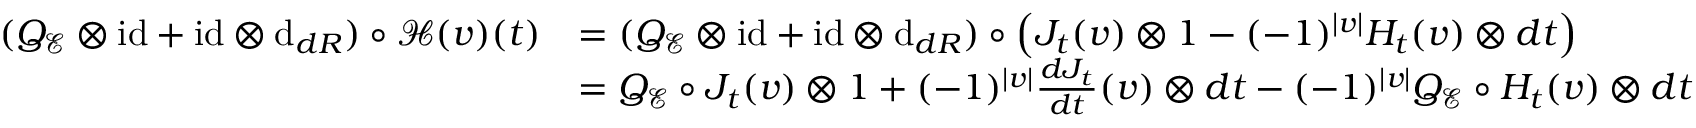
\begin{array} { r l } { ( Q _ { \mathcal { E } } \otimes \mathrm { i d } + \mathrm { i d } \otimes \mathrm { d } _ { { d R } } ) \circ \mathcal { H } ( v ) ( t ) } & { = ( Q _ { \mathcal { E } } \otimes \mathrm { i d } + \mathrm { i d } \otimes \mathrm { d } _ { { d R } } ) \circ \left( J _ { t } ( v ) \otimes 1 - ( - 1 ) ^ { | v | } H _ { t } ( v ) \otimes d t \right) } \\ & { = Q _ { \mathcal { E } } \circ J _ { t } ( v ) \otimes 1 + ( - 1 ) ^ { | v | } \frac { d J _ { t } } { d t } ( v ) \otimes d t - ( - 1 ) ^ { | v | } Q _ { \mathcal { E } } \circ H _ { t } ( v ) \otimes d t } \end{array}